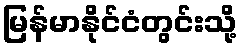
မြန်မာနိုင်ငံတွင်းသို့